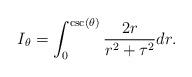
LaTeX: \begin{align*}I_{\theta}= \int_{0}^{\csc (\theta)}\frac{2r}{r^2+\tau^{2}}dr. \end{align*}